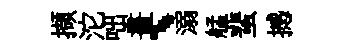
擷沱咄畫、溺艋蜚撼